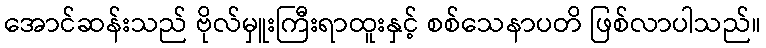
အောင်ဆန်းသည် ဗိုလ်မှူးကြီးရာထူးနှင့် စစ်သေနာပတိ ဖြစ်လာပါသည်။